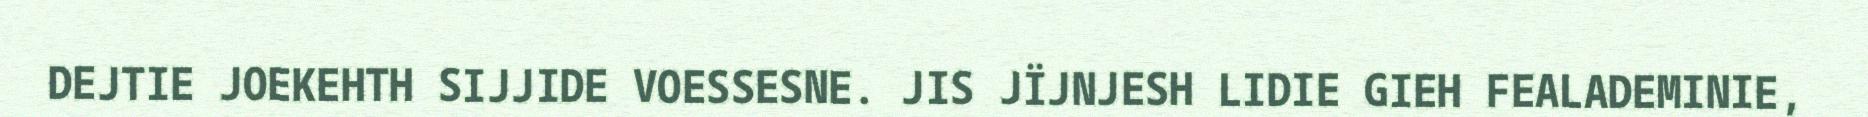
DEJTIE JOEKEHTH SIJJIDE VOESSESNE. JIS JÏJNJESH LIDIE GIEH FEALADEMINIE,